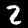
Label: 2